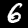
Digit: 6